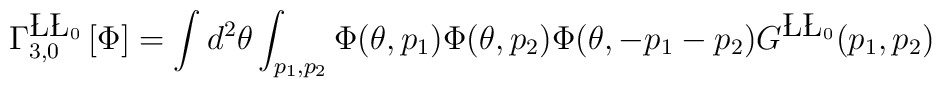
\Gamma^{\L\L_0}_{3,0}\left[\Phi\right] = \int d^2 \theta \int_{p_1,p_2}\Phi(\theta, p_1)\Phi(\theta,p_2) \Phi(\theta,-p_1-p_2)G^{\L\L_0}(p_1,p_2)